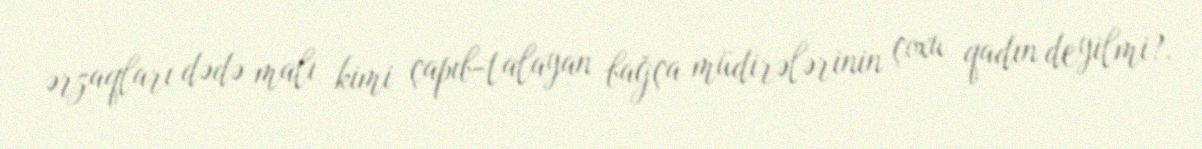
ərzaqları dədə malı kimi çapıb-talayan bağça müdirələrinin çoxu qadın deyilmi?.